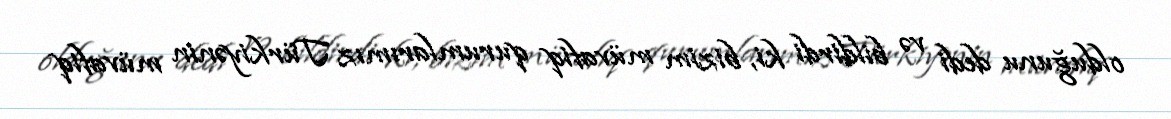
olduğunu dedi və bildirdi ki, bizim müvafiq qurumlarımız Türkiyənin müvafiq